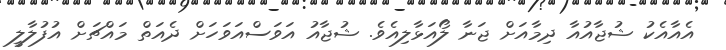
އެއާއެކު ޝުޖާއުއާ ދިމާއަށް ޖަނާ ލޯއަޅާލިއެވެ. ޝުޖާއު އަވަސްއަވަހަށް ދެއަތް މައްޗަށް އުފުލާލީ